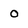
Character: O